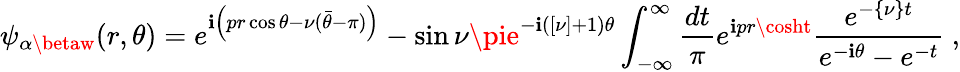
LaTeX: \psi_{\alpha\betaw}(r,\theta)=e^{\mathbf{i}\left(pr\cos\theta-\nu({\bar{{\theta}}}-\pi)\right)}-\sin\nu\pie^{-\mathbf{i}([\nu]+1)\theta}\int_{-\infty}^{\infty}{\frac{{dt}}{{\pi}}}e^{\mathbf{i}pr\cosht}{\frac{{e^{-\{ \nu\} t}}}{{e^{-\mathbf{i}\theta}-e^{-t}}}}\ ,